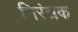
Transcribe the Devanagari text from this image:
निरंत्रक